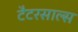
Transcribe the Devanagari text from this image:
टैटरसाल्स